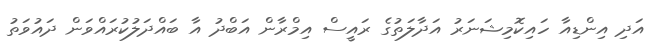
އަދި އިންޑިއާ ހައިކޮމިޝަނަރު އަދާލަތުގެ ރައީސް އިމްރާން އަބްދު އާ ބައްދަލުކުރައްވަން ދައުވަތު